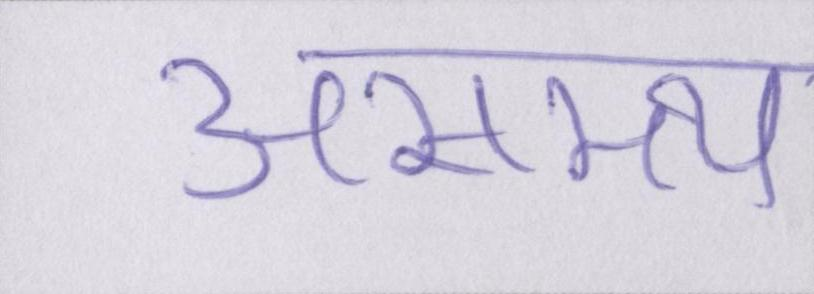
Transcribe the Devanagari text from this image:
असमय